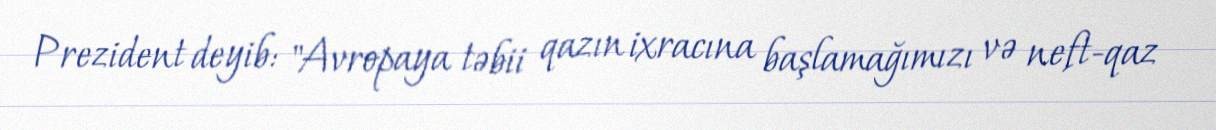
Prezident deyib: "Avropaya təbii qazın ixracına başlamağımızı və neft-qaz